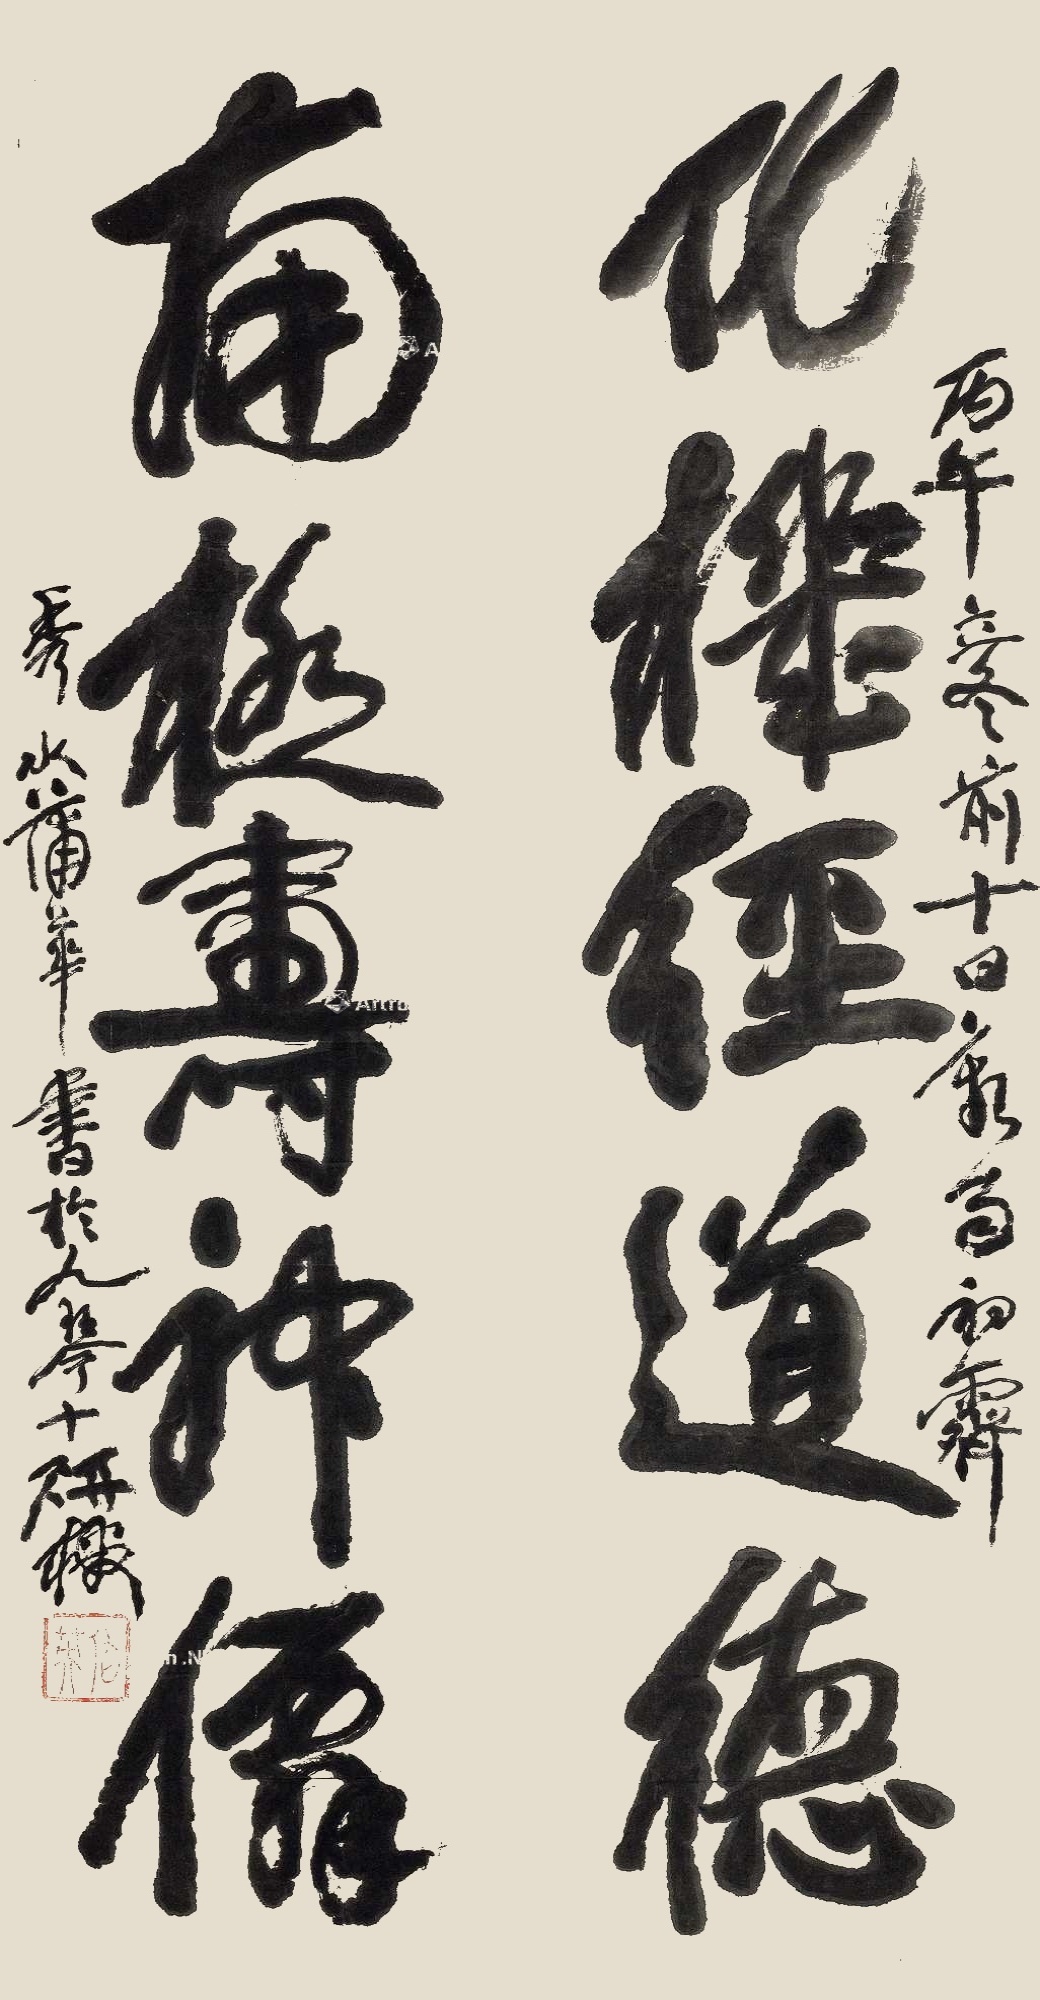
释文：化机经道德，南极寿神仙。丙午立冬前十日，新雨初霁。秀水蒲华书于九琴十研楼。